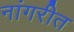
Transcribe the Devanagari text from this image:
नांगरीत